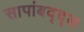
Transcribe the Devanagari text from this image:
सापांबद्द्ल